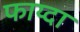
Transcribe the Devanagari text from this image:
फाय्दा